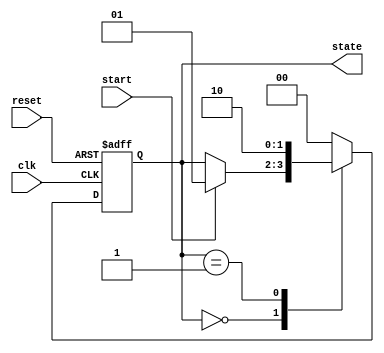
module fsm_example(
    input wire clk,           // Clock input
    input wire reset,         // Asynchronous reset
    input wire start,         // Start input
    output reg [1:0] state    // 2-bit state output
);

// State encoding
parameter IDLE = 2'b00,
          RUN  = 2'b01,
          DONE = 2'b10;

// Sequential logic with event control
always @(posedge clk or posedge reset) begin
    if (reset) begin
        // Reset the state to IDLE when reset is high
        state <= IDLE;
    end else begin
        case (state)
            IDLE: begin
                if (start) begin
                    state <= RUN; // Transition to RUN state on start signal
                end
            end
            
            RUN: begin
                // Simulating some processing here
                // Non-blocking assignment to update state
                state <= DONE; // Transition to DONE state after processing
            end
            
            DONE: begin
                // Resetting state back to IDLE for the next operation
                state <= IDLE; // Transition back to IDLE state
            end
            
            default: state <= IDLE; // Default case to ensure valid state
        endcase
    end
end

endmodule